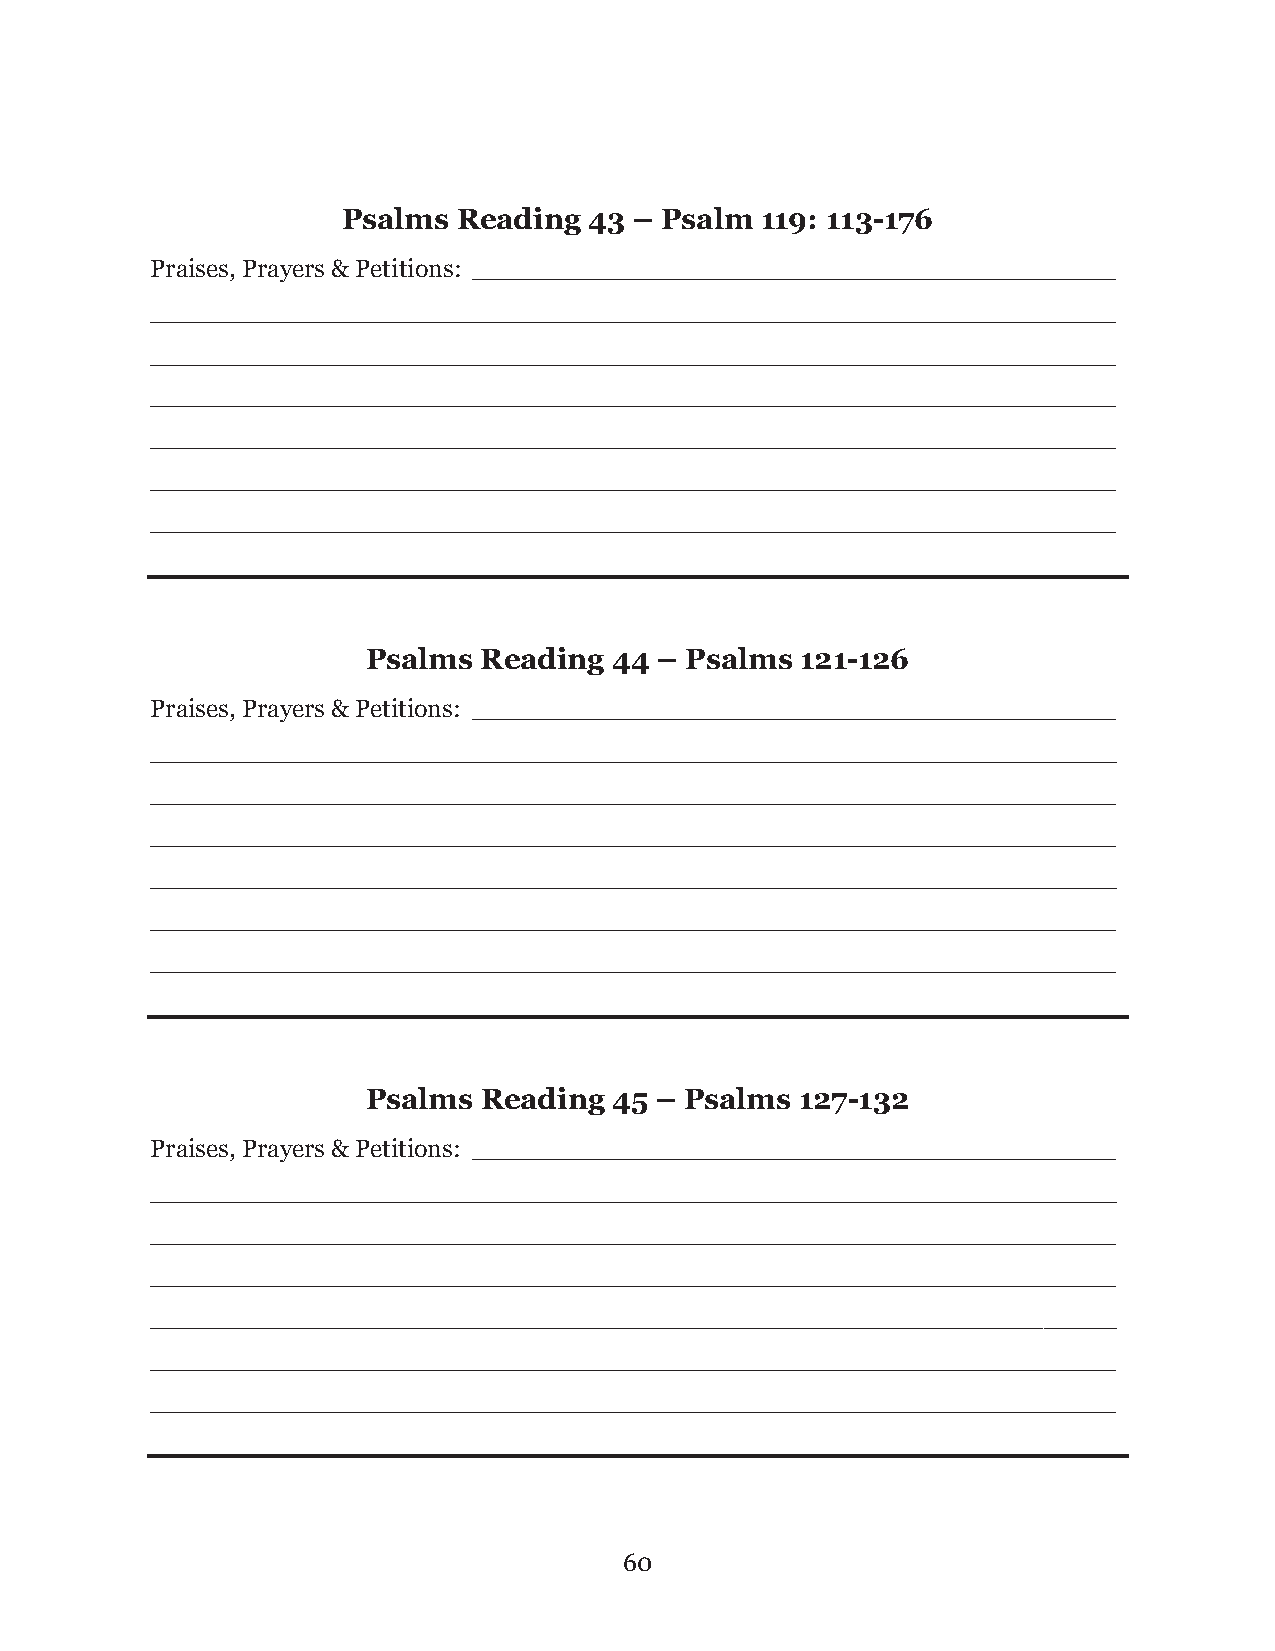
Psalms Reading  43 – Psalm 119: 113-176
 Praises, Prayers & Petitions: ____________________________________________
 __________________________________________________________________
 __________________________________________________________________
 __________________________________________________________________
 __________________________________________________________________
 __________________________________________________________________
 __________________________________________________________________
 Psalms  Reading  44 – Psalms 121-126
 Praises, Prayers & Petitions: ____________________________________________
 __________________________________________________________________
 __________________________________________________________________
 __________________________________________________________________
 __________________________________________________________________
 __________________________________________________________________
 __________________________________________________________________
 Psalms  Reading  45 – Psalms 127-132
 Praises, Prayers & Petitions: ____________________________________________
 __________________________________________________________________
 __________________________________________________________________
 __________________________________________________________________
 __________________________________________________________________
 __________________________________________________________________
 __________________________________________________________________
 60